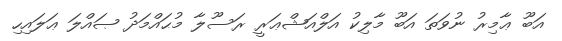
އަބޫ ޢާމިރު ނުވަތަ އަބޫ މާލިކު އަލްއަޝްޢަރީ ރަސޫލާ މުޙައްމަދު ޞައްލަ ޢަލައިހި